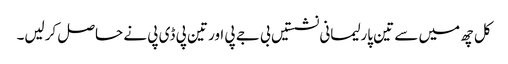
کل چھ میں سے تین پارلیمانی نشستیں بی جے پی اور تین پی ڈی پی نے حاصل کرلیں۔